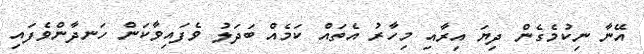
އޭނާ ނިކުމެގެން ދިޔަ އިރާއި މިހާރު އެތައް ކަމެއް ބަދަލު ވެފައިވާކަން ހަނދާންވެފައި